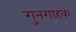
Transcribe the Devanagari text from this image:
गुनगाहक